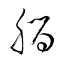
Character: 腦